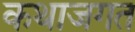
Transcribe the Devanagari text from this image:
कथाजगत